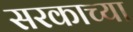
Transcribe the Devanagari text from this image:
सरकाच्या